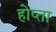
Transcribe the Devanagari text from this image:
होप्ता